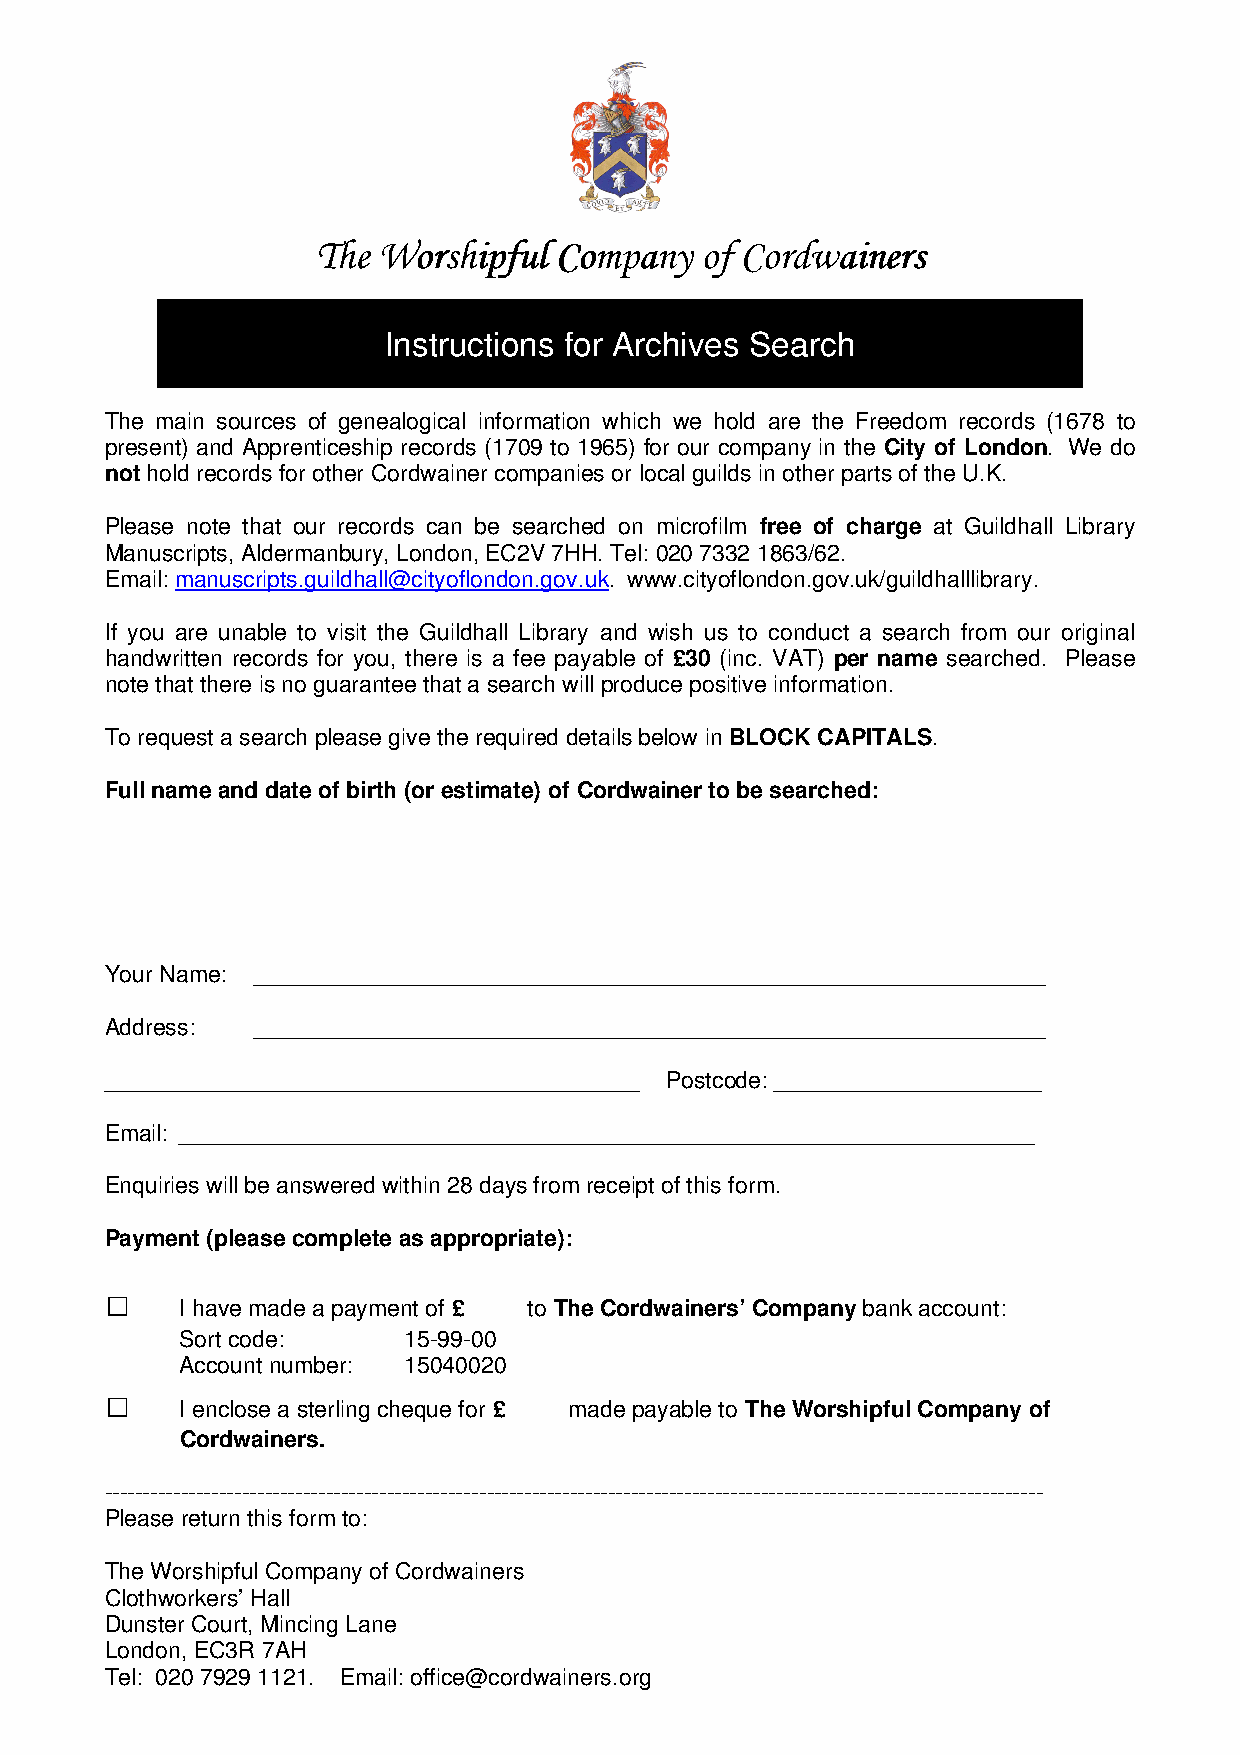
TTTThhhheeee WWWWoooorrrrsssshhhhiiiippppffffuuuullll CCCCoooommmmppppaaaannnnyyyy ooooffff CCCCoooorrrrddddwwwwaaaaiiiinnnneeeerrrrssss
 Instructions for Archives Search
 The main sources of genealogical information which we hold are the Freedom records (1678 to
 present) and Apprenticeship records (1709 to 1965) for our company in the City of London. We do
 not hold records for other Cordwainer companies or local guilds in other parts of the U.K.
 Please note that our records can be searched on microfilm free of charge at Guildhall Library
 Manuscripts, Aldermanbury, London, EC2V 7HH. Tel: 020 7332 1863/62.
 Email: manuscripts.guildhall@cityoflondon.gov.uk. www.cityoflondon.gov.uk/guildhalllibrary.
 If you are unable to visit the Guildhall Library and wish us to conduct a search from our original
 handwritten records for you, there is a fee payable of £30 (inc. VAT) per name searched. Please
 note that there is no guarantee that a search will produce positive information.
 To request a search please give the required details below in BLOCK CAPITALS.
 Full name and date of birth (or estimate) of Cordwainer to be searched:
 Your Name: ______________________________________________________________
 Address:  ______________________________________________________________
 __________________________________________ Postcode: _____________________
 Email: ___________________________________________________________________
 Enquiries will be answered within 28 days from receipt of this form.
 Payment (please complete as appropriate):
 □
 I have made a payment of £ to The Cordwainers’ Company bank account:
 Sort code:     15-99-00
 Account number: 15040020
 □
 I enclose a sterling cheque for £ made payable to The Worshipful Company of
 Cordwainers.
 ---------------------------------------------------------------------------------------------------------------------------
 Please return this form to:
 The Worshipful Company of Cordwainers
 Clothworkers’ Hall
 Dunster Court, Mincing Lane
 London, EC3R 7AH
 Tel: 020 7929 1121. Email: office@cordwainers.org